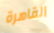
القاهرة